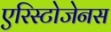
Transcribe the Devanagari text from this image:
एरिस्टोजेनस